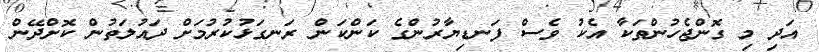
އަދި މި ގޮންޖެހުންތަކާ އެކު ވެސް ފަނޑިޔާރުންގެ ކަންކަން ރަނގަޅުކުރުމަށް ދައުލަތުން ކޮށްދޭން